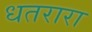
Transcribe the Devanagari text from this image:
धतरारा